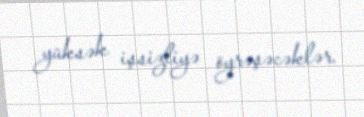
yüksək işsizliyə öyrəşəcəklər.